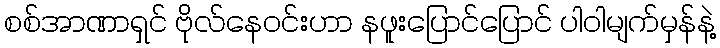
စစ်အာဏာရှင် ဗိုလ်နေဝင်းဟာ နဖူးပြောင်ပြောင် ပါဝါမျက်မှန်နဲ့